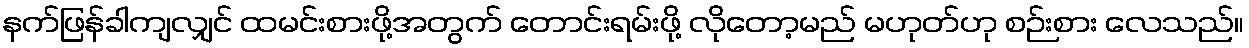
နက်ဖြန်ခါကျလျှင် ထမင်းစားဖို့အတွက် တောင်းရမ်းဖို့ လိုတော့မည် မဟုတ်ဟု စဉ်းစား လေသည်။